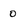
Character: o